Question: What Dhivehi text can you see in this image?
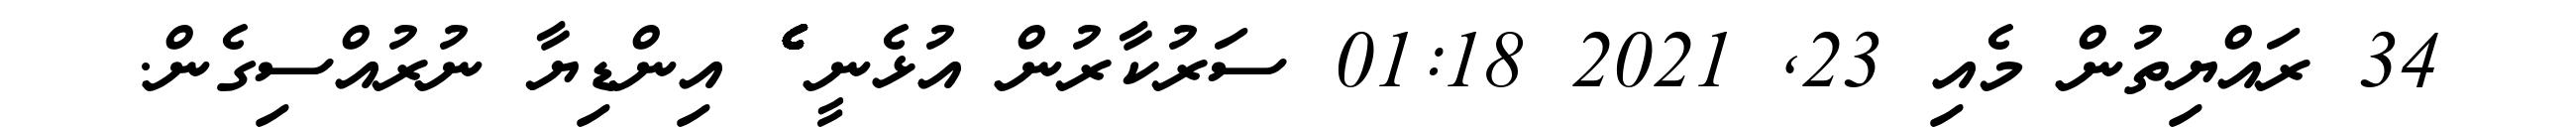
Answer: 34 ރައްޔިތުން މެއި 23, 2021 01:18 ސަރުކާރުން އުޅެނީ ެެެެެެެެެެެެެެެެެެެެެެެެެެެެެެެެެެެެެެެެެެެެެެެެެެެެެެެެެެެެެެެ އިންޑިޔާ ނުރުއްސިގެން.